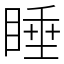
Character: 睡